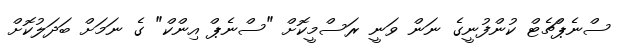
ސްނެޕްޗެޓް ކުންފުނީގެ ނަން ވަނީ ރަސްމީކޮށް "ސްނެޕް އިންކް" ގެ ނަމަށް ބަދަލުކޮށް